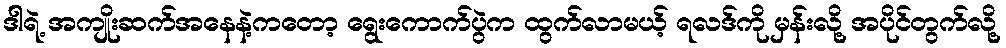
ဒါရဲ့ အကျိုးဆက်အနေနဲ့ကတော့ ရွေးကောက်ပွဲက ထွက်လာမယ့် ရလဒ်ကို မှန်းလို့ အပိုင်တွက်လို့